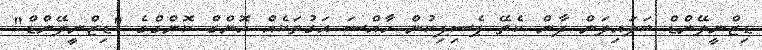
ޑިޒްނީލޭންޑް ބަލައިލަން ދާން ކެތޭ ޕެސިފިކުން ހާއްސަ އަގުތަކެއް ހޮންގް ކޮންގްގެ "ޑިޒްނީލޭންޑް"